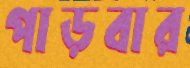
পাড়বার